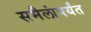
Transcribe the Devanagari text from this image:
समैलांपर्यंत